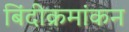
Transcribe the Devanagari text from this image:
बिंदीक्रमांकन